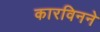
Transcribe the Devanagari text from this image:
कारविनने